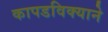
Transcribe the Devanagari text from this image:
कापडविक्याने